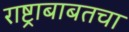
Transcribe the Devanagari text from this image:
राष्ट्राबाबतचा